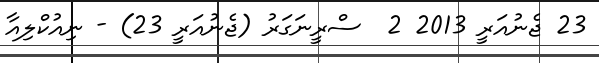
23 ޖެނުއަރީ 2013 2  ސްރީނަގަރު (ޖެނުއަރީ 23) - ނިއުކްލިއާ